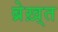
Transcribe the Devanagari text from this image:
ब्रेख़्त